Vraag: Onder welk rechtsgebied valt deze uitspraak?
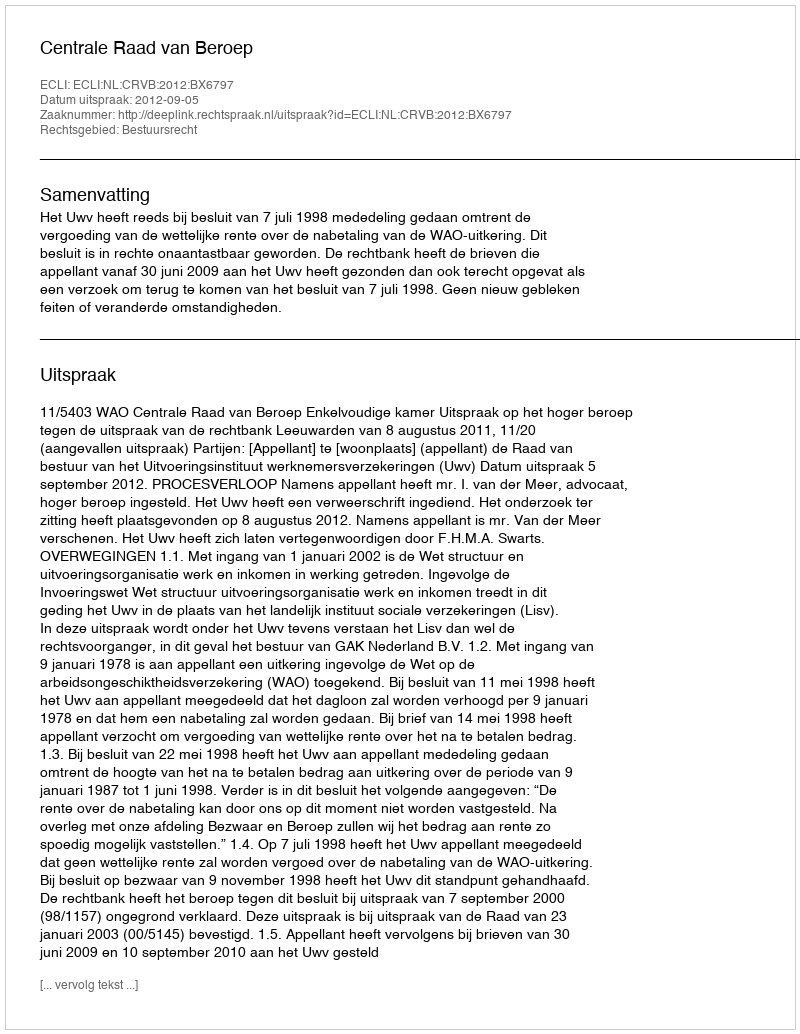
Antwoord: Bestuursrecht